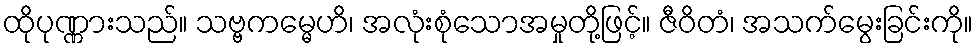
ထိုပုဏ္ဏားသည်။ သဗ္ဗကမ္မေဟိ၊ အလုံးစုံသောအမှုတို့ဖြင့်။ ဇီဝိတံ၊ အသက်မွေးခြင်းကို။